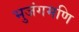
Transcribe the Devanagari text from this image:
भुजंगमणि